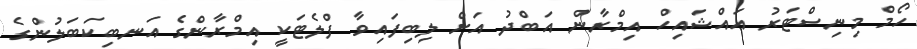
ހޯމް މިނިސްޓަރު އައްޝައިހް އިމްރާން އަބްދު އަށް ލިބިފައިވާ ފްލެޓަކީ އިމްރާންގެ އަނބިކަބަލުންގެ